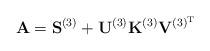
LaTeX: \begin{align*}\mathbf{A} = \mathbf{S}^{(3)} + \mathbf{U}^{(3)} \mathbf{K}^{(3)}\mathbf{V}^{(3)^\mathrm{T}} \end{align*}